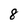
Character: 8